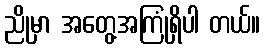
ညိုမှာ အတွေ့အကြုံရှိပါ တယ်။